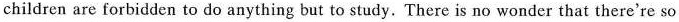
children are forbidden to do anything but to study. There is no wonder that there're so